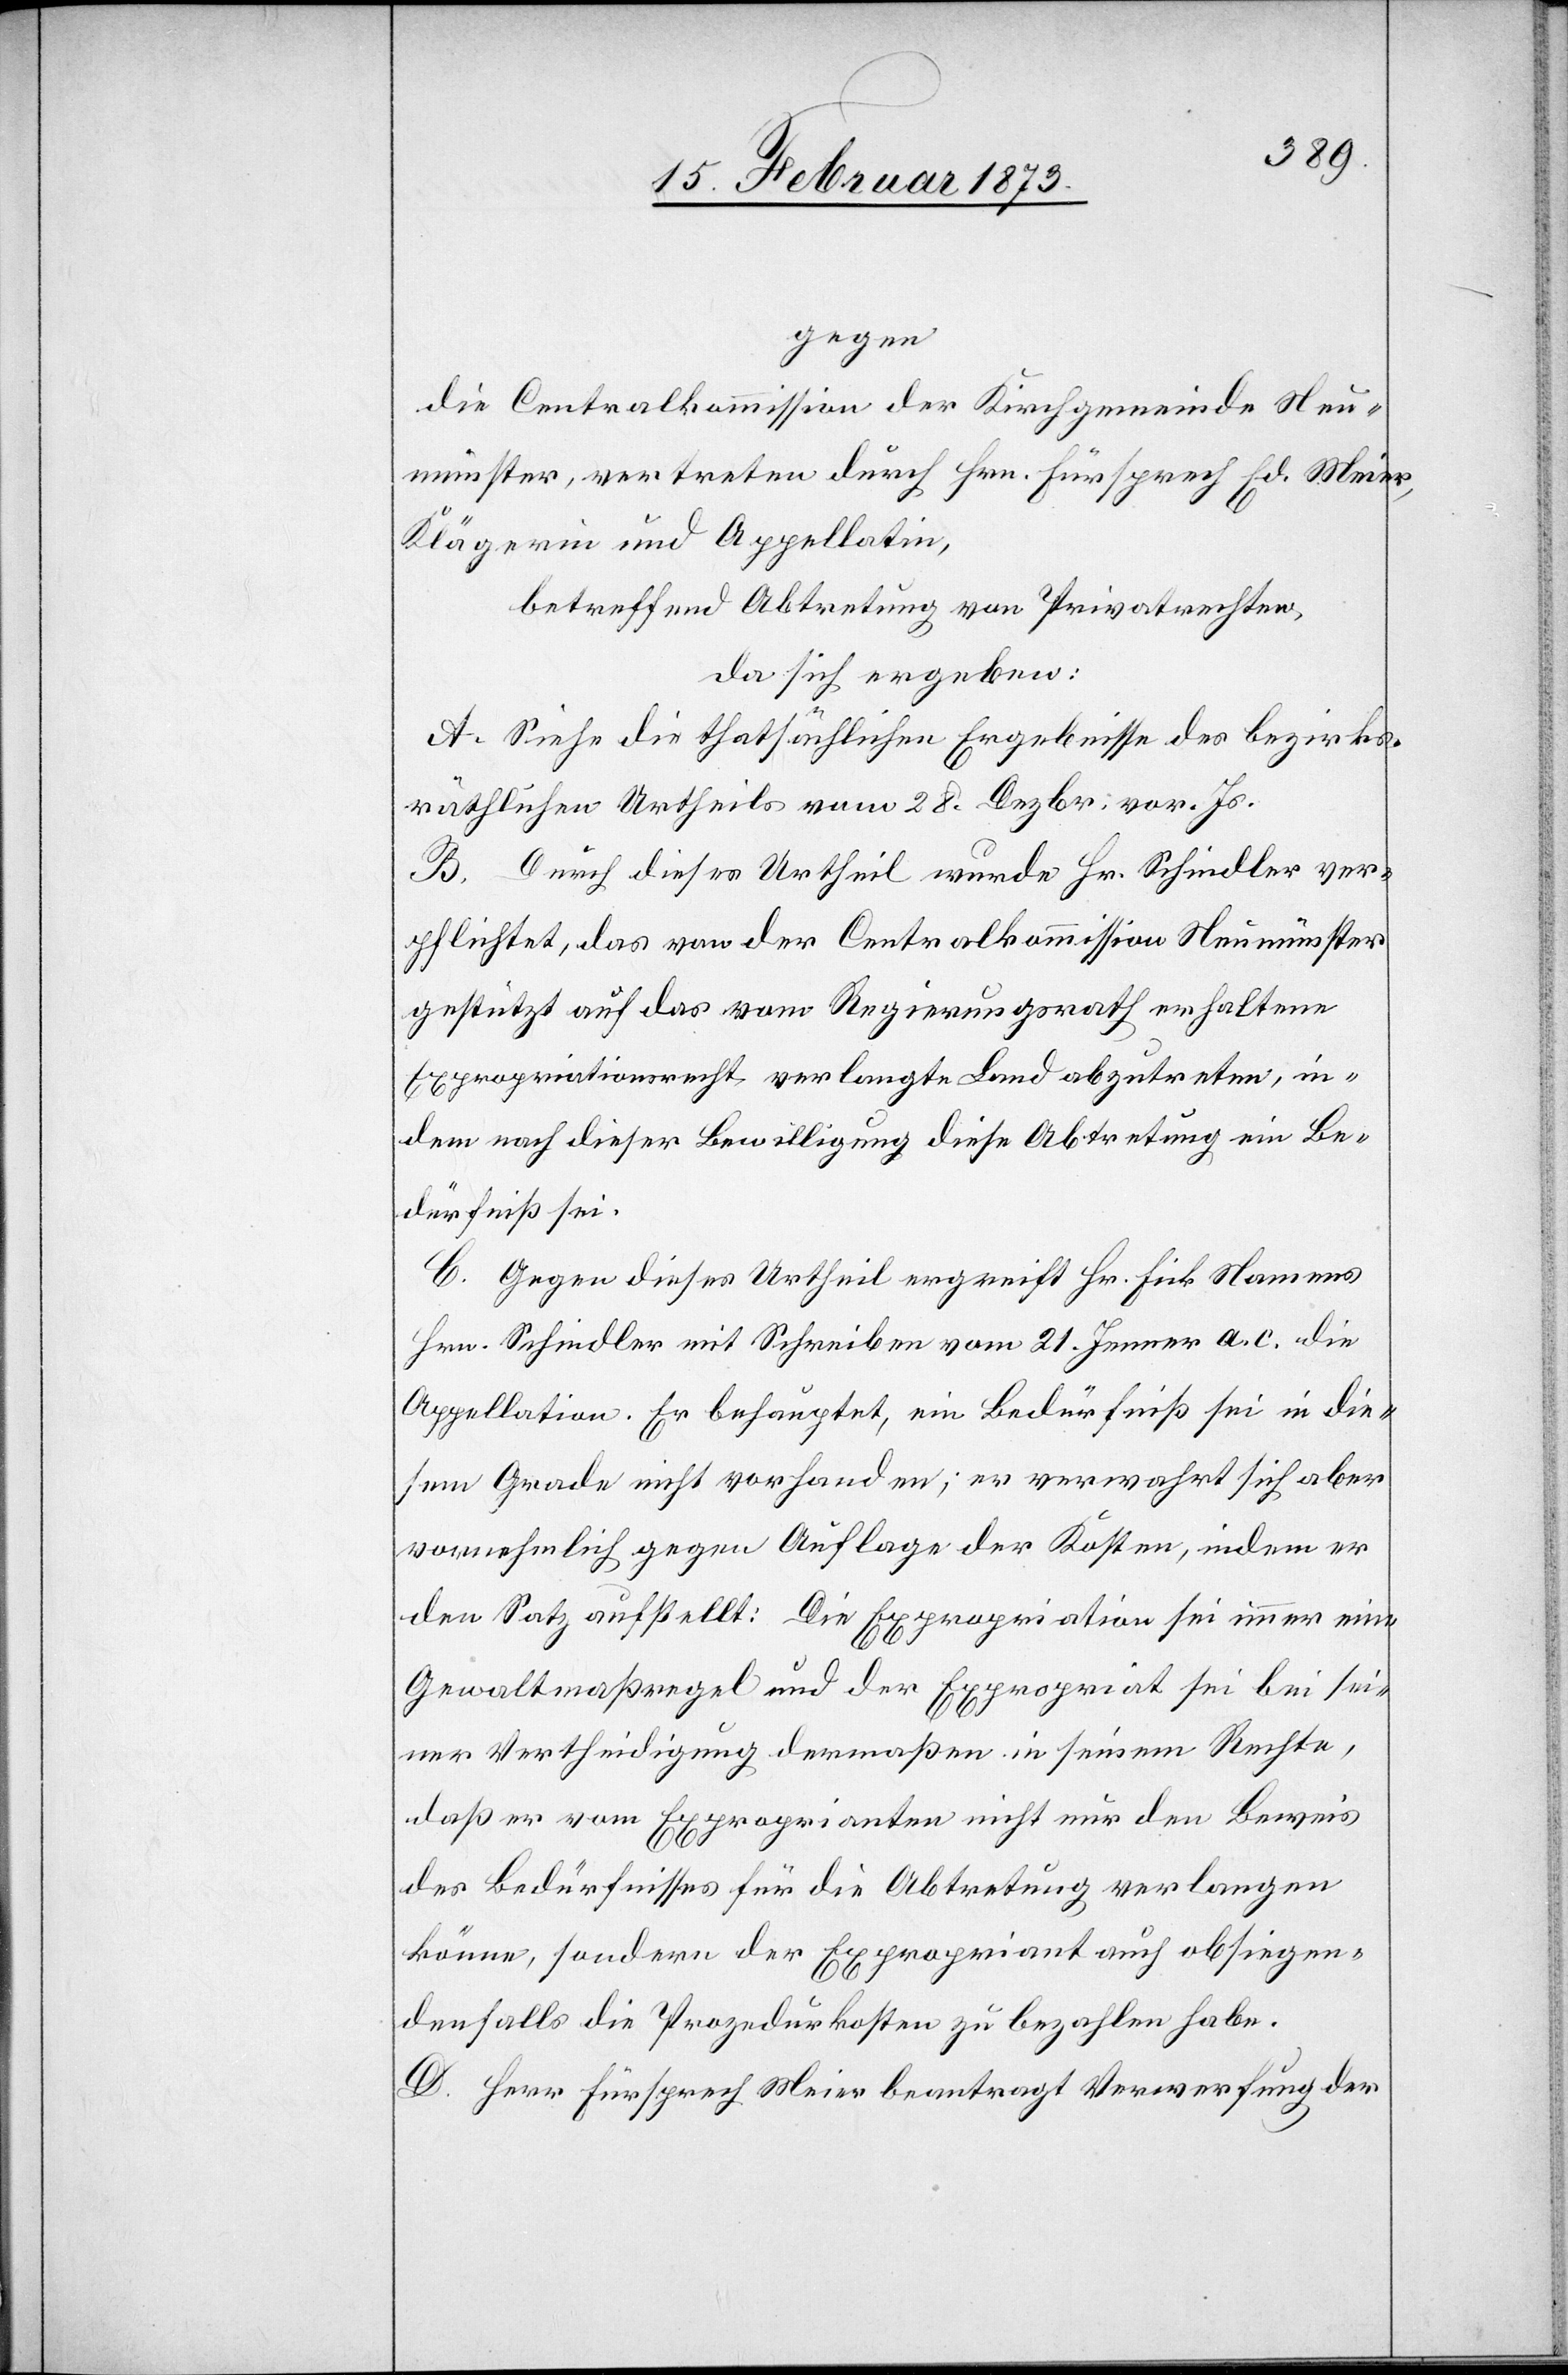
gegen
die Centralkommission der Kirchgemeinde Neu¬
münster, vertreten durch Hrn. Fürsprech Ed. Meier,
Klägerin und Appella[n]tin,
betreffend Abtretung von Privatrechten,
da sich ergeben:
A. Siehe die thatsächlichen Ergebnisse des bezirks¬
räthlichen Urtheils vom 28. Dezbr. vor. Js.
B. Durch dieses Urtheil wurde Hr. Schindler ver¬
pflichtet, das von der Centralkommission Neumünster
gestützt auf das vom Regierungsrath erhaltene
Expropriationsrecht verlangte Land abzutreten, in¬
dem nach dieser Bewilligung diese Abtretung ein Be¬
dürfniß sei.
C. Gegen dieses Urtheil ergreift Hr. Fick Namens
Hrn. Schindler mit Schreiben vom 21. Jenner a. c. die
Appellation. Er behauptet, ein Bedürfniß sei in die¬
sem Grade nicht vorhanden; er verwahrt sich aber
vornehmlich gegen Auflage der Kosten, indem er
den Satz aufstellt: Die Expropriation sei immer eine
Gewaltmaßregel und der Expropriat sei bei sei¬
ner Vertheidigung dermaßen in seinem Rechte,
daß er vom Exproprianten nicht nur den Beweis
des Bedürfnisses für die Abtretung verlangen
könne, sondern der Expropriant auch obsiegen¬
denfalls die Prozedurkosten zu bezahlen habe.
D. Herr Fürsprech Meier beantragt Verwerfung der